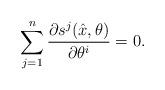
LaTeX: \begin{align*}\sum_{j=1}^n \frac{\partial{s^j(\hat{x},\theta)}}{\partial{\theta^i}}=0. \end{align*}